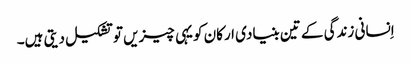
اِنسانی زندگی کے تین بنیادی ارکان کویہی چیزیں توتشکیل دیتی ہیں۔